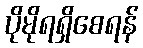
ပိုမိုရရှိစေရန်